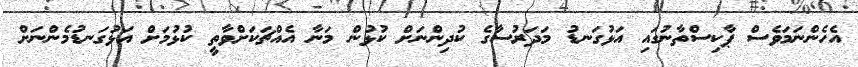
އެހެންނަމަވެސް ޕާކިސްތާނުގައި އަޅުގަނޑު މަދަރުސާގެ ކުދިންނަށް ކުޅުން މަނާ އެއްޗަކަށްވާތީ ކުޅުމަށް އަޅުގަނޑުމެންނަށް